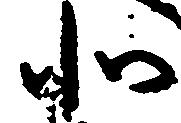
北